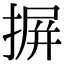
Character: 摒